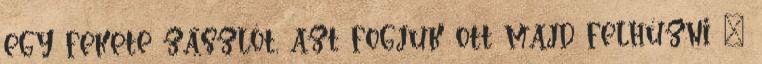
egy fekete zászlót, azt fogjuk ott majd felhúzni ”